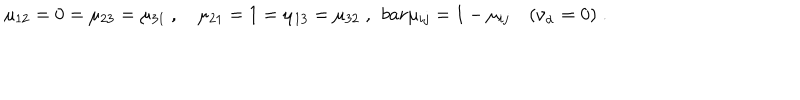
\mu _ { 1 2 } = 0 = \mu _ { 2 3 } = \mu _ { 3 1 } \ , \quad \mu _ { 2 1 } = 1 = \mu _ { 1 3 } = \mu _ { 3 2 } \; , \ \, b a r \mu _ { i j } = 1 - \mu _ { i j } \quad ( \nu _ { \alpha } = 0 ) \; .